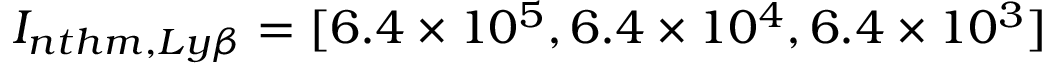
I _ { n t h m , L y \beta } = [ 6 . 4 \times 1 0 ^ { 5 } , 6 . 4 \times 1 0 ^ { 4 } , 6 . 4 \times 1 0 ^ { 3 } ]